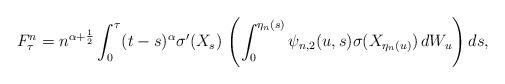
LaTeX: \begin{align*} F^n_\tau =n^{\alpha+ \frac12}\int^{\tau}_0(t-s)^{\alpha} \sigma'(X_s)\, \left(\int^{\eta_n(s)}_0 \psi_{n,2}(u,s) \sigma(X_{\eta_n(u)})\, dW_u\right) ds, \end{align*}